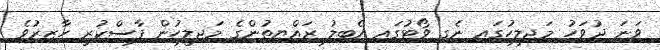
ވަނަ ދުވަހު މަޖިލީހުގައި ނެގި ވޯޓުގައި އެބިލު ރައްޔިތުންގެ މަޖިލީހުން ފާސްކުރީ ހާޒިރުވެ